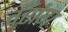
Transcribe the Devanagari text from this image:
वरांग